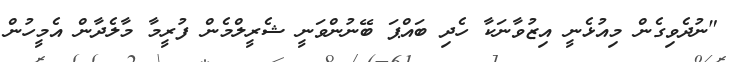
"ނުދެވިގެން މިއުޅެނީ އިޒުވާނަކާ ހެދި ބައްޕަ ބޭނުންވަނީ ޝެރީލްމެން ފުރީމާ މާލެދާން އެމީހުން